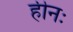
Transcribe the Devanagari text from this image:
हीनः